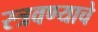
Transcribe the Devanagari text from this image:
स्त्रवण्याचे